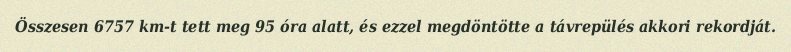
Összesen 6757 km-t tett meg 95 óra alatt, és ezzel megdöntötte a távrepülés akkori rekordját.